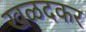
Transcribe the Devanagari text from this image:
खळदकर